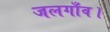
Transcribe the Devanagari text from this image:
जलगाँव।